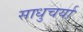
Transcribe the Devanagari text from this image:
साधुचर्या